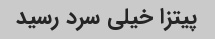
پیتزا خیلی سرد رسید